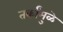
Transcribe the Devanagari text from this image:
तर्कांमुळे